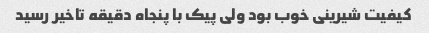
کیفیت شیرینی خوب بود ولی پیک با پنجاه دقیقه تاخیر رسید